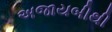
અજાયબીથી